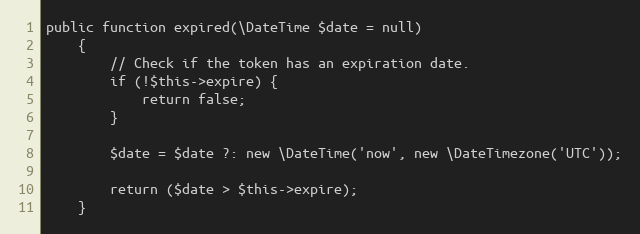
Language: PHP
public function expired(\DateTime $date = null)
    {
        // Check if the token has an expiration date.
        if (!$this->expire) {
            return false;
        }

        $date = $date ?: new \DateTime('now', new \DateTimezone('UTC'));

        return ($date > $this->expire);
    }